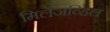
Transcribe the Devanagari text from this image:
मिलेजव्हिल